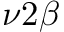
\nu 2 \beta